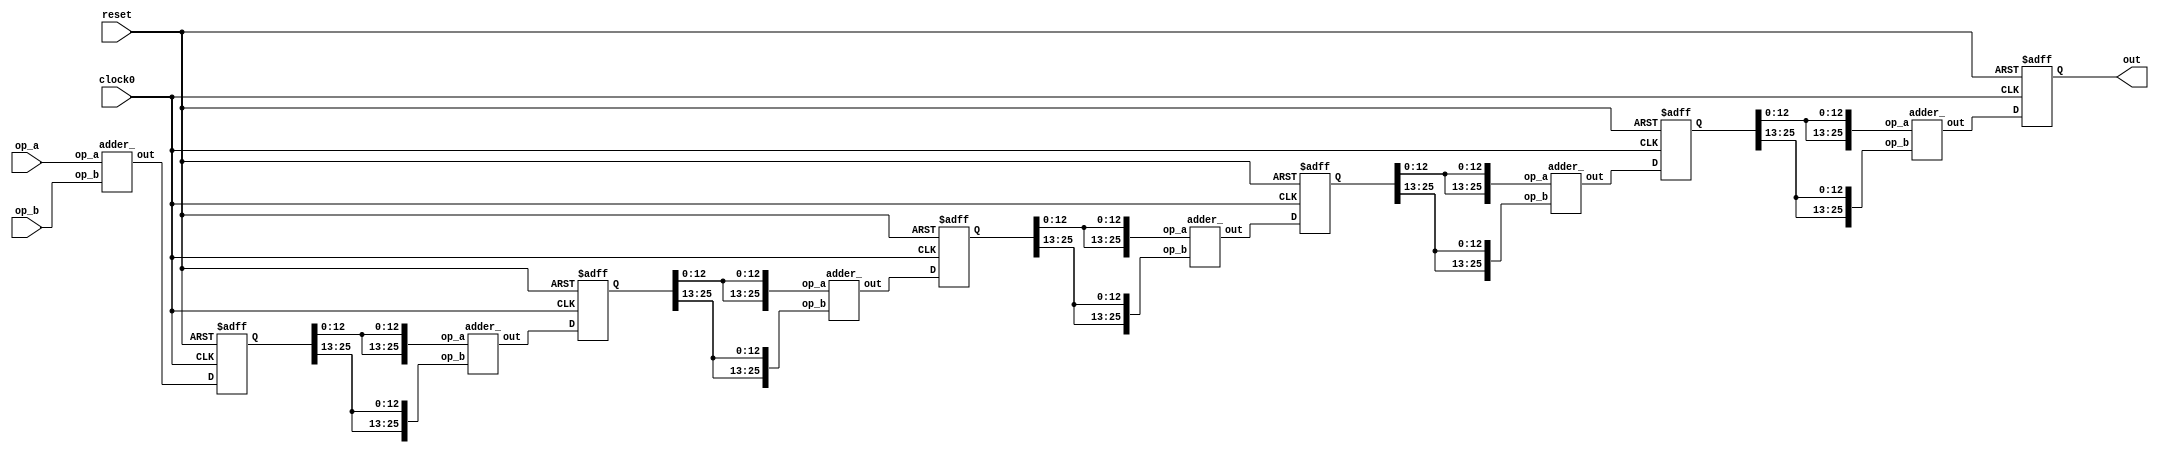
//-------------------------------------------------------
//  Functionality: An n-bit pipelined adder_ 
//-------------------------------------------------------
// `include "../clb_defines.v"
`define ADDER_WIDTH 26

module pipelined_adder(
    input  wire clock0,
    input  wire reset,
    input  wire [`ADDER_WIDTH - 1:0] op_a,
    input  wire [`ADDER_WIDTH - 1:0] op_b,
    output wire [`ADDER_WIDTH - 1:0] out
);  
 
    wire [`ADDER_WIDTH - 1:0] a0;
    wire [`ADDER_WIDTH - 1:0] b0;
    wire [`ADDER_WIDTH - 1:0] o0;
    adder_ add0 (a0,b0,o0);

    wire [`ADDER_WIDTH - 1:0] a1;
    wire [`ADDER_WIDTH - 1:0] b1;
    wire [`ADDER_WIDTH - 1:0] o1;
    adder_ add1 (a1,b1,o1);

    wire [`ADDER_WIDTH - 1:0] a2;
    wire [`ADDER_WIDTH - 1:0] b2;
    wire [`ADDER_WIDTH - 1:0] o2;
    adder_ add2 (a2,b2,o2);

    wire [`ADDER_WIDTH - 1:0] a3;
    wire [`ADDER_WIDTH - 1:0] b3;
    wire [`ADDER_WIDTH - 1:0] o3;
    adder_ add3 (a3,b3,o3);

    wire [`ADDER_WIDTH - 1:0] a4;
    wire [`ADDER_WIDTH - 1:0] b4;
    wire [`ADDER_WIDTH - 1:0] o4;
    adder_ add4 (a4,b4,o4);

    wire [`ADDER_WIDTH - 1:0] a5;
    wire [`ADDER_WIDTH - 1:0] b5;
    wire [`ADDER_WIDTH - 1:0] o5;
    adder_ add5 (a5,b5,o5);

    reg  [`ADDER_WIDTH - 1:0] pr0;
    reg  [`ADDER_WIDTH - 1:0] pr1;
    reg  [`ADDER_WIDTH - 1:0] pr2;
    reg  [`ADDER_WIDTH - 1:0] pr3;
    reg  [`ADDER_WIDTH - 1:0] pr4;
    reg  [`ADDER_WIDTH - 1:0] pr5;

    assign a0 = op_a;
    assign b0 = op_b;

    assign a1 = {2{pr0[(`ADDER_WIDTH/2) - 1:0]}};
    assign b1 = {2{pr0[`ADDER_WIDTH - 1:`ADDER_WIDTH/2]}};

    assign a2 = {2{pr1[(`ADDER_WIDTH/2) - 1:0]}};
    assign b2 = {2{pr1[`ADDER_WIDTH - 1:`ADDER_WIDTH/2]}};

    assign a3 = {2{pr2[(`ADDER_WIDTH/2) - 1:0]}};
    assign b3 = {2{pr2[`ADDER_WIDTH - 1:`ADDER_WIDTH/2]}};

    assign a4 = {2{pr3[(`ADDER_WIDTH/2) - 1:0]}};
    assign b4 = {2{pr3[`ADDER_WIDTH - 1:`ADDER_WIDTH/2]}};

    assign a5 = {2{pr4[(`ADDER_WIDTH/2) - 1:0]}};
    assign b5 = {2{pr4[`ADDER_WIDTH - 1:`ADDER_WIDTH/2]}};

    assign out = pr5;

    always @(posedge clock0 or negedge reset) begin
        if(!reset)begin
            pr0 <= {`ADDER_WIDTH{1'b0}};
            pr1 <= {`ADDER_WIDTH{1'b0}};
            pr2 <= {`ADDER_WIDTH{1'b0}};
            pr3 <= {`ADDER_WIDTH{1'b0}};
            pr4 <= {`ADDER_WIDTH{1'b0}};
            pr5 <= {`ADDER_WIDTH{1'b0}};
        end else begin
            pr0 <= o0;
            pr1 <= o1;
            pr2 <= o2;
            pr3 <= o3;
            pr4 <= o4;
            pr5 <= o5;
        end
    end


endmodule

module adder_ (
    input  wire [`ADDER_WIDTH - 1:0] op_a,
    input  wire [`ADDER_WIDTH - 1:0] op_b,
    output wire [`ADDER_WIDTH - 1:0] out
);
    assign out = op_a + op_b;  
endmodule